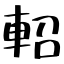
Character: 軺